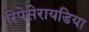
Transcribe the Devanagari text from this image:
रिपेसेरायडिया